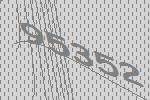
95352